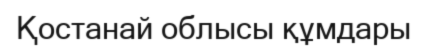
Қостанай облысы құмдары